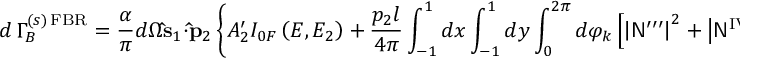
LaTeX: d \, \Gamma _ { B } ^ { ( s ) \, \mathrm { F B R } } = \frac { \alpha } { \pi } d \Omega { \bf \hat { s } } _ { 1 } \cdot { \bf \hat { p } } _ { 2 } \left\{ A _ { 2 } ^ { \prime } I _ { 0 F } \left( E , E _ { 2 } \right) + \frac { p _ { 2 } l } { 4 \pi } \int _ { - 1 } ^ { 1 } d x \int _ { - 1 } ^ { 1 } d y \int _ { 0 } ^ { 2 \pi } d \varphi _ { k } \left[ \left| { \sf N } ^ { \prime \prime \prime } \right| ^ { 2 } + \left| { \sf N } ^ { \mathrm { I V } } \right| ^ { 2 } \right] \right\} .